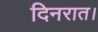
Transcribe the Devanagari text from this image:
दिनरात।